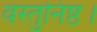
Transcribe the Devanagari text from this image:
वस्तुनिष्ठ।